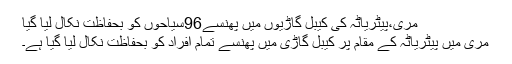
مری،پیٹریاٹہ کی کیبل گاڑیوں میں پھنسے96سیاحوں کو بحفاظت نکال لیا گیا
مری میں پیٹریاٹہ کے مقام پر کیبل گاڑی میں پھنسے تمام افراد کو بحفاظت نکال ليا گيا ہے۔